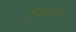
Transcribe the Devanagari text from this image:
हीकादंबरी